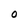
Character: O